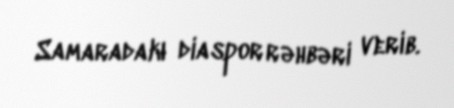
Samaradakı diaspor rəhbəri verib.